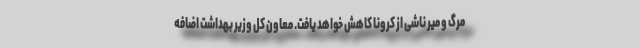
مرگ و میر ناشی از کرونا کاهش خواهد یافت. معاون کل وزیر بهداشت اضافه